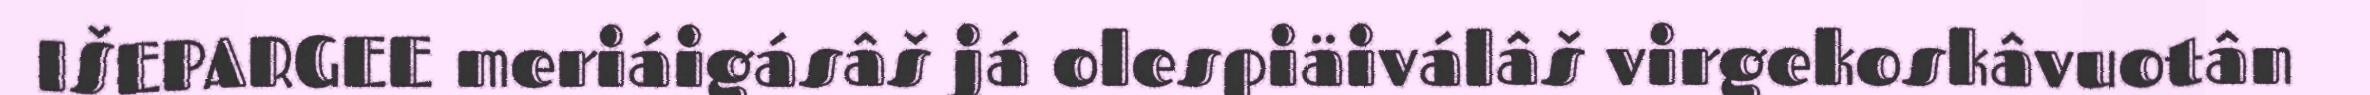
IŠEPARGEE meriáigásâš já olespiäiválâš virgekoskâvuotân